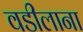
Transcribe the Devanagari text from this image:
वडीलाना